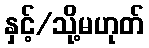
နှင့်/သို့မဟုတ်